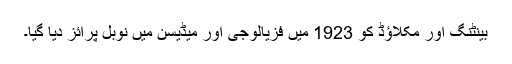
بینٹنگ اور مکلاؤڈ کو 1923 میں‌ فزیالوجی اور میڈیسن میں‌ نوبل پرائز دیا گیا۔